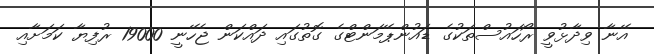
އޭނާ ވިދާޅުވީ ރޯހައުސްތަކުގެ ޑައުންޕޭމަންޓްގެ ގޮތުގައި ދައްކަން ޖެހޭނީ 19000 ރުފިޔާ ކަމަށާއި